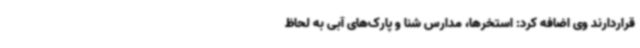
قراردارند وی اضافه کرد: استخرها، مدارس شنا و پارک‌های آبی به لحاظ